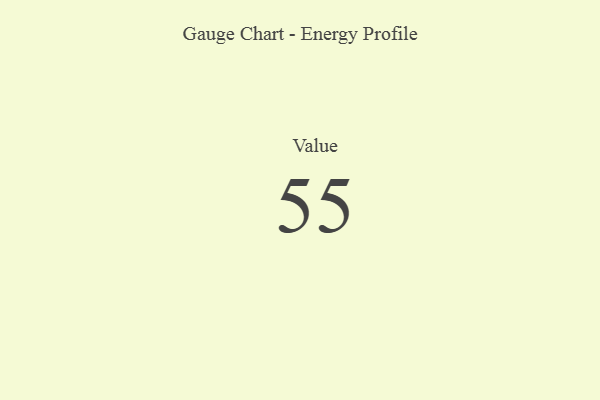
{"axis": {"x": "Metric", "y": "Value"}, "legend": [""], "data": [{"x": "Value", "y": 55, "type": ""}]}